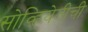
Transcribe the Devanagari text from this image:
सोव्हियेतीची